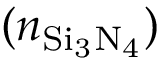
( n _ { \mathrm { S i _ { 3 } N _ { 4 } } } )